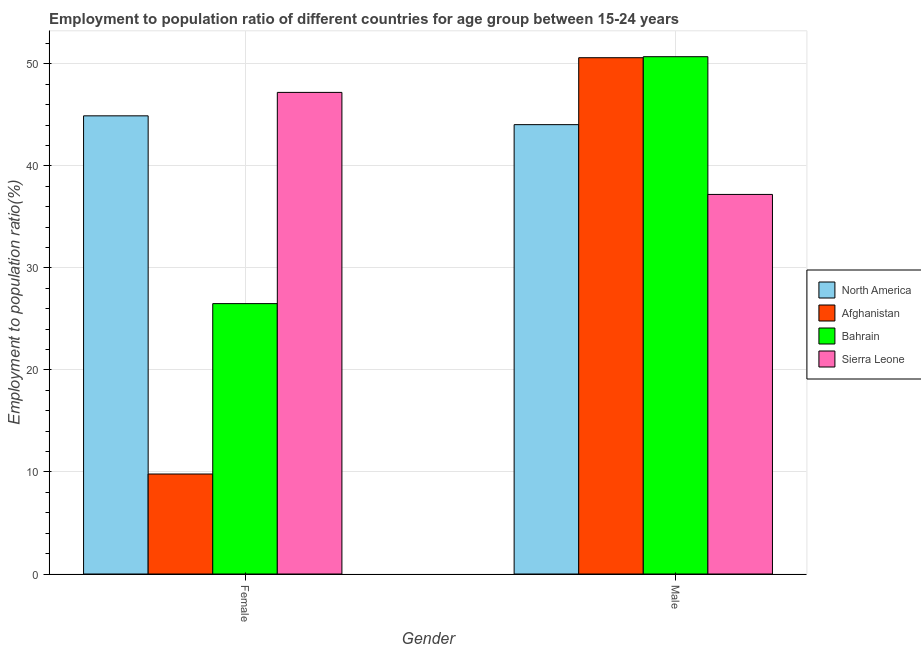
| Gender | North America | Afghanistan | Bahrain | Sierra Leone |
 | --- | --- | --- | --- | --- |
 | Female | 44.9 | 9.8 | 26.5 | 47.2 |
 | Male | 44 | 50.6 | 50.7 | 37.2 |